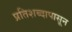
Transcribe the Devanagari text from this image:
प्रतिशब्दापासून